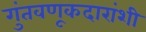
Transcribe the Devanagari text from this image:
गुंतवणूकदारांशी